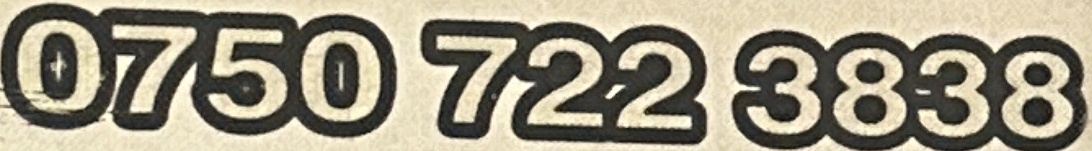
0750 722 3838